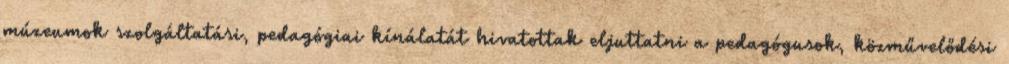
múzeumok szolgáltatási, pedagógiai kínálatát hivatottak eljuttatni a pedagógusok, közművelődési